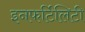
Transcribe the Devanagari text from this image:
इनफर्टिलिटी